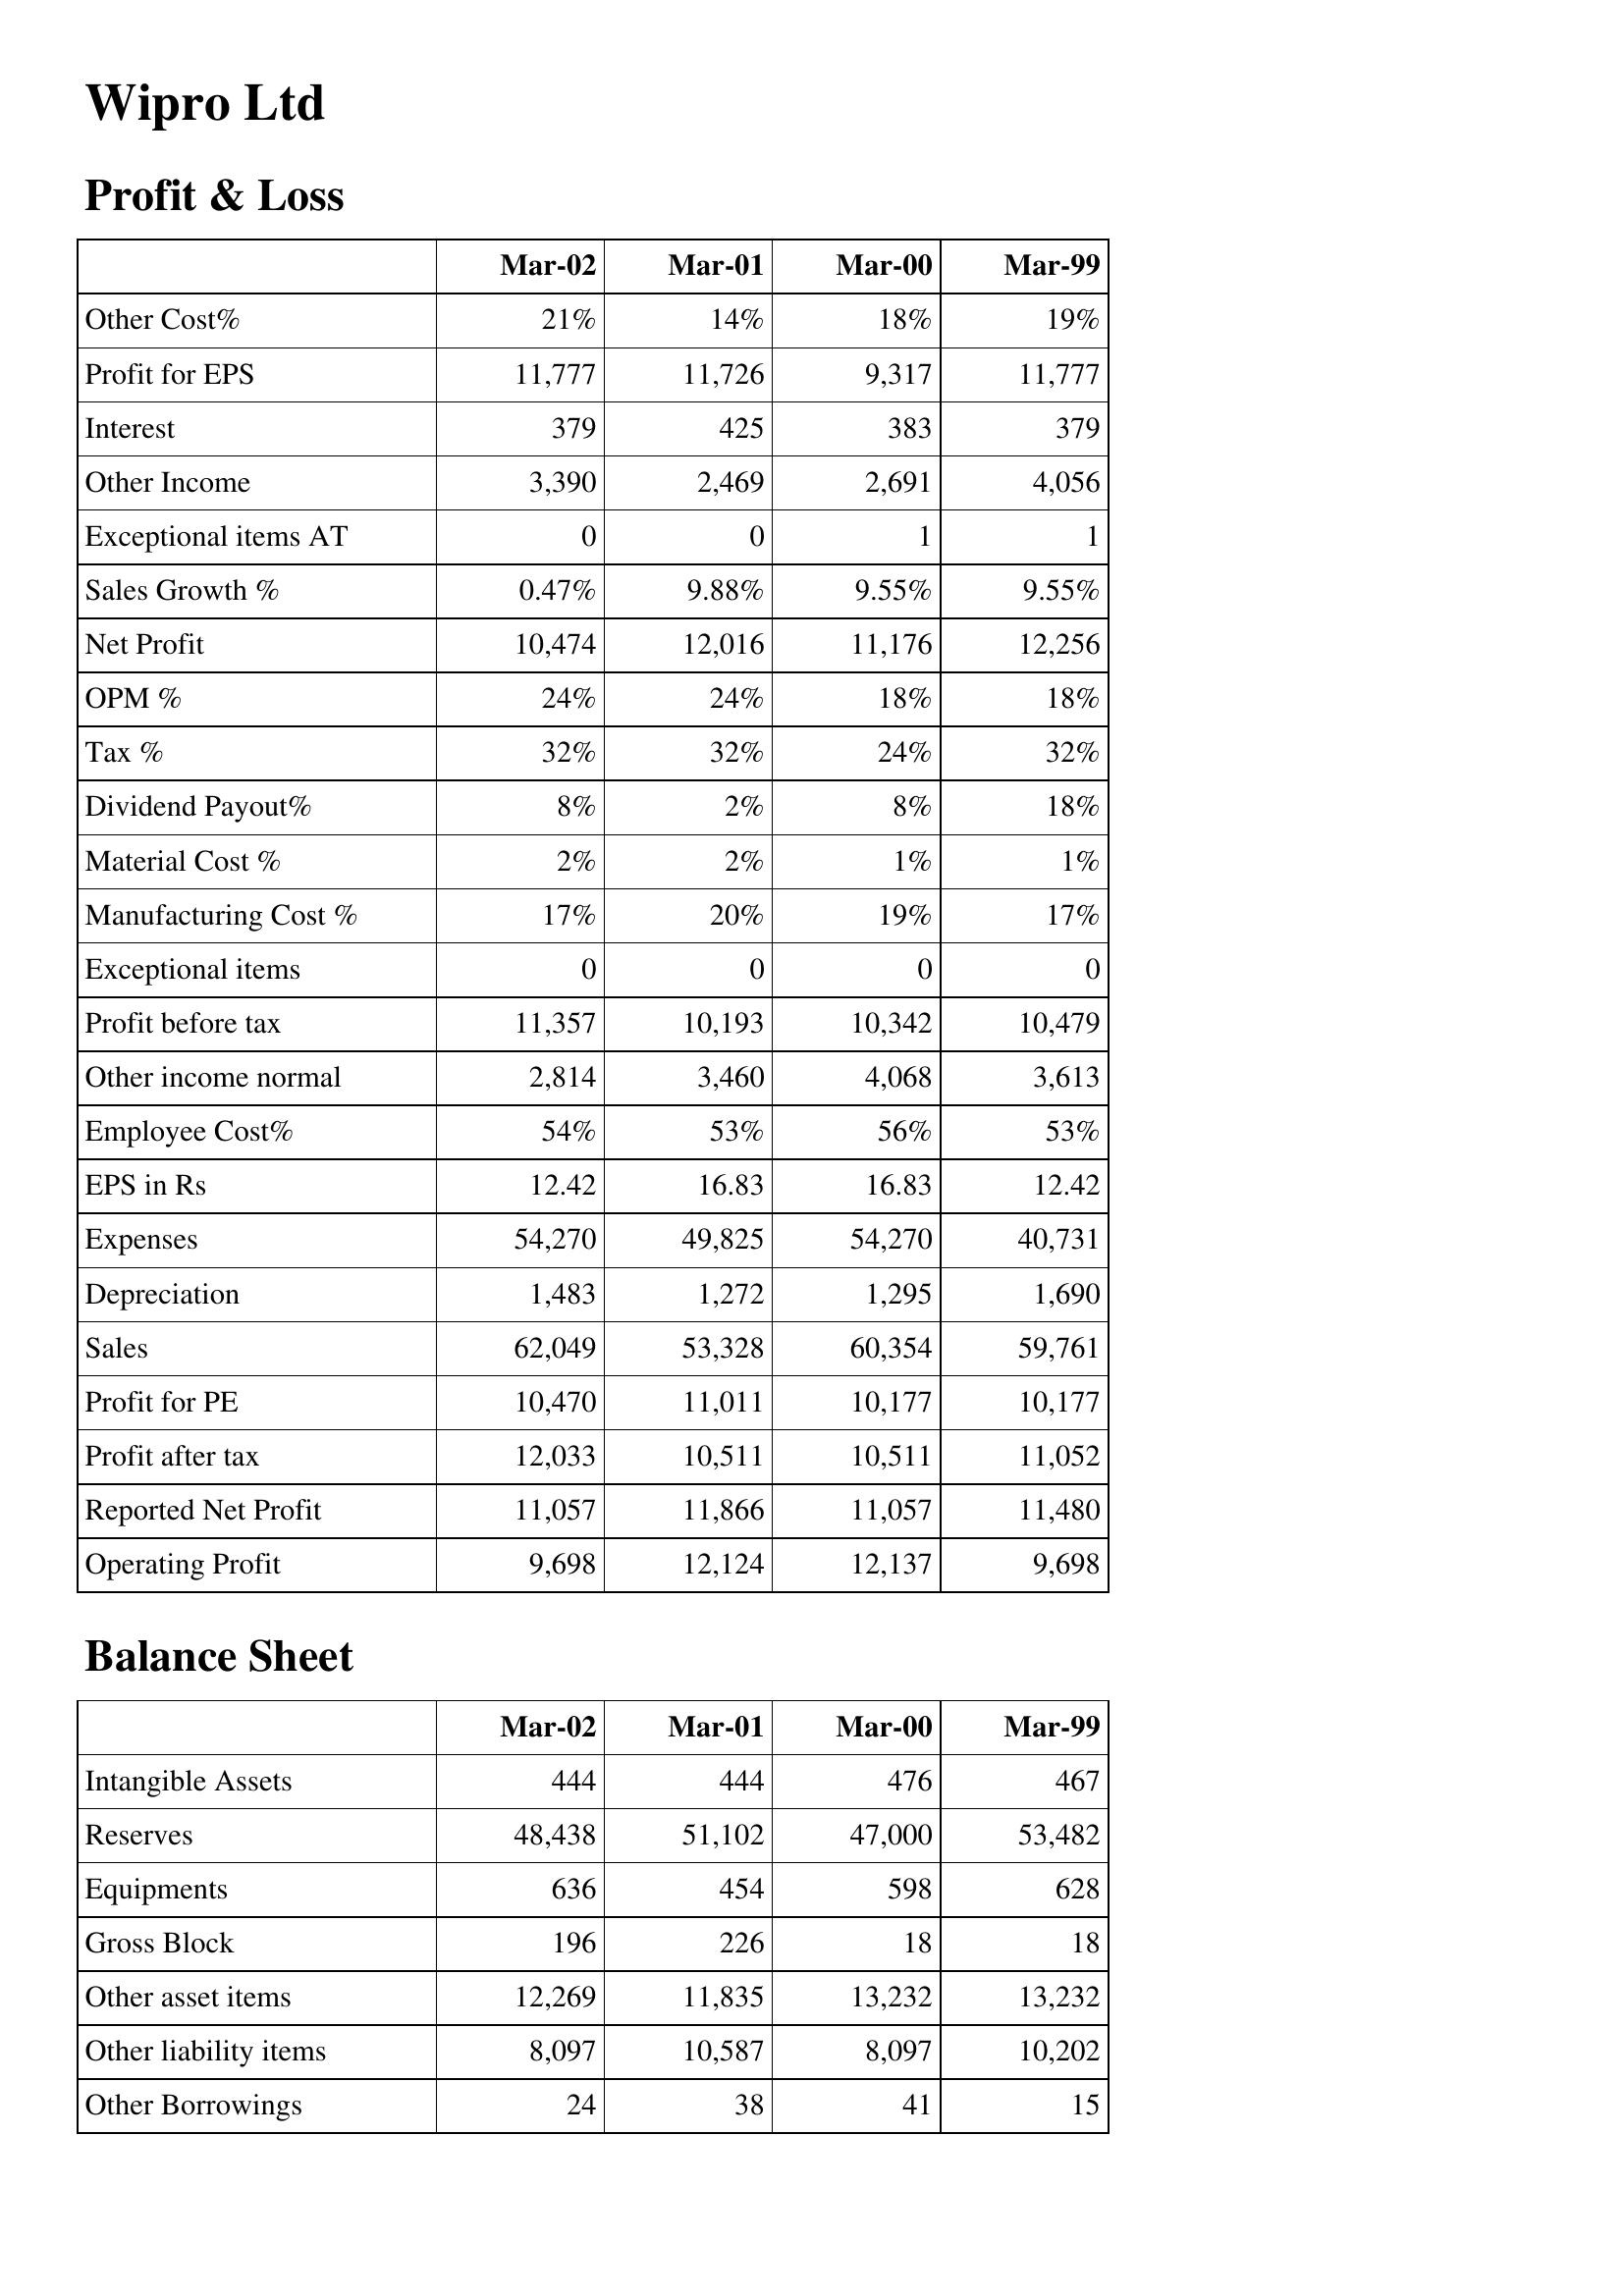
Mar-02: Profit & Loss: Other Cost%: 21%
Profit for EPS: 11,777
Interest: 379
Other Income: 3,390
Exceptional items AT: 0
Sales Growth %: 0.47%
Net Profit: 10,474
OPM %: 24%
Tax %: 32%
Dividend Payout%: 8%
Material Cost %: 2%
Manufacturing Cost %: 17%
Exceptional items: 0
Profit before tax: 11,357
Other income normal: 2,814
Employee Cost%: 54%
EPS in Rs: 12.42
Expenses: 54,270
Depreciation: 1,483
Sales: 62,049
Profit for PE: 10,470
Profit after tax: 12,033
Reported Net Profit: 11,057
Operating Profit: 9,698
Balance Sheet: Intangible Assets: 444
Reserves: 48,438
Equipments: 636
Gross Block: 196
Other asset items: 12,269
Other liability items: 8,097
Other Borrowings: 24
Mar-01: Profit & Loss: Other Cost%: 14%
Profit for EPS: 11,726
Interest: 425
Other Income: 2,469
Exceptional items AT: 0
Sales Growth %: 9.88%
Net Profit: 12,016
OPM %: 24%
Tax %: 32%
Dividend Payout%: 2%
Material Cost %: 2%
Manufacturing Cost %: 20%
Exceptional items: 0
Profit before tax: 10,193
Other income normal: 3,460
Employee Cost%: 53%
EPS in Rs: 16.83
Expenses: 49,825
Depreciation: 1,272
Sales: 53,328
Profit for PE: 11,011
Profit after tax: 10,511
Reported Net Profit: 11,866
Operating Profit: 12,124
Balance Sheet: Intangible Assets: 444
Reserves: 51,102
Equipments: 454
Gross Block: 226
Other asset items: 11,835
Other liability items: 10,587
Other Borrowings: 38
Mar-00: Profit & Loss: Other Cost%: 18%
Profit for EPS: 9,317
Interest: 383
Other Income: 2,691
Exceptional items AT: 1
Sales Growth %: 9.55%
Net Profit: 11,176
OPM %: 18%
Tax %: 24%
Dividend Payout%: 8%
Material Cost %: 1%
Manufacturing Cost %: 19%
Exceptional items: 0
Profit before tax: 10,342
Other income normal: 4,068
Employee Cost%: 56%
EPS in Rs: 16.83
Expenses: 54,270
Depreciation: 1,295
Sales: 60,354
Profit for PE: 10,177
Profit after tax: 10,511
Reported Net Profit: 11,057
Operating Profit: 12,137
Balance Sheet: Intangible Assets: 476
Reserves: 47,000
Equipments: 598
Gross Block: 18
Other asset items: 13,232
Other liability items: 8,097
Other Borrowings: 41
Mar-99: Profit & Loss: Other Cost%: 19%
Profit for EPS: 11,777
Interest: 379
Other Income: 4,056
Exceptional items AT: 1
Sales Growth %: 9.55%
Net Profit: 12,256
OPM %: 18%
Tax %: 32%
Dividend Payout%: 18%
Material Cost %: 1%
Manufacturing Cost %: 17%
Exceptional items: 0
Profit before tax: 10,479
Other income normal: 3,613
Employee Cost%: 53%
EPS in Rs: 12.42
Expenses: 40,731
Depreciation: 1,690
Sales: 59,761
Profit for PE: 10,177
Profit after tax: 11,052
Reported Net Profit: 11,480
Operating Profit: 9,698
Balance Sheet: Intangible Assets: 467
Reserves: 53,482
Equipments: 628
Gross Block: 18
Other asset items: 13,232
Other liability items: 10,202
Other Borrowings: 15